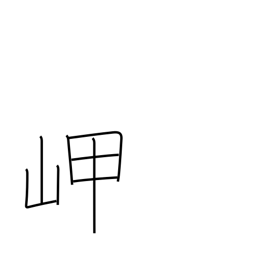
Meaning: headland